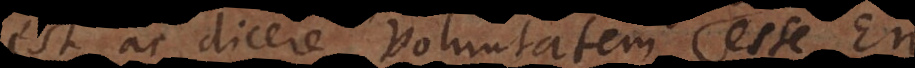
est ac dicere voluntatem esse Ens